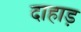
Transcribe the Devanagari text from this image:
दाहाड़